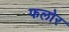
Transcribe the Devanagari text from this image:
फलोर